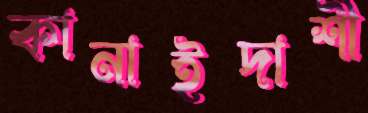
কানাইদাশী